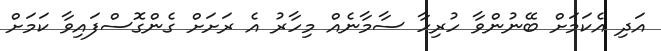
އަދި އެކަމަށް ބޭނުންވާ ހުރިހާ ސާމާނެއް މިހާރު އެ ރަށަށް ގެންގޮސްފައިވާ ކަމަށް